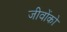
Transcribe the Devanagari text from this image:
जीवोंको